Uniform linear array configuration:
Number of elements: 48
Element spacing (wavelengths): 0.25
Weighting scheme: blackman
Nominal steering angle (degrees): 45
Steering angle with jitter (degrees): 44.223
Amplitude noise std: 0.05
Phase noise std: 0.05

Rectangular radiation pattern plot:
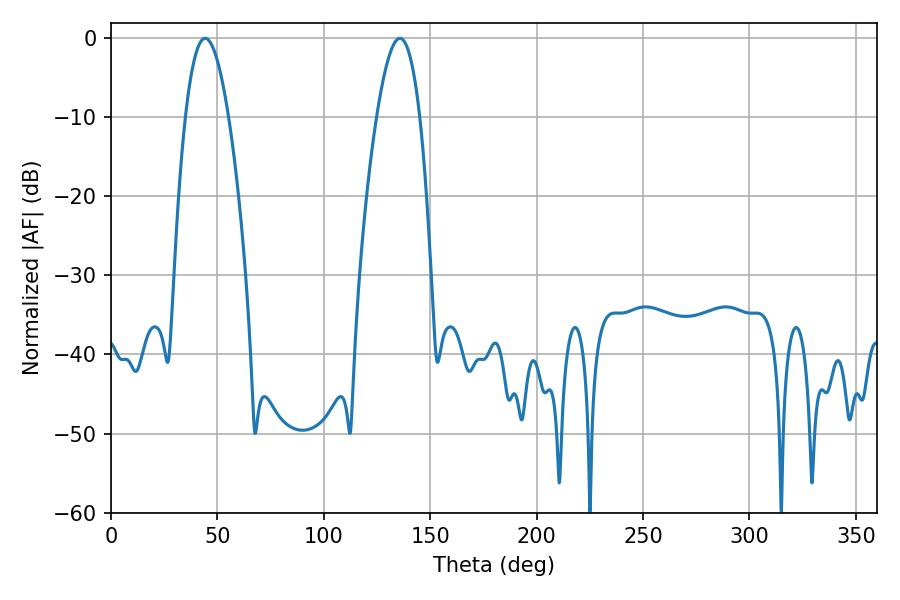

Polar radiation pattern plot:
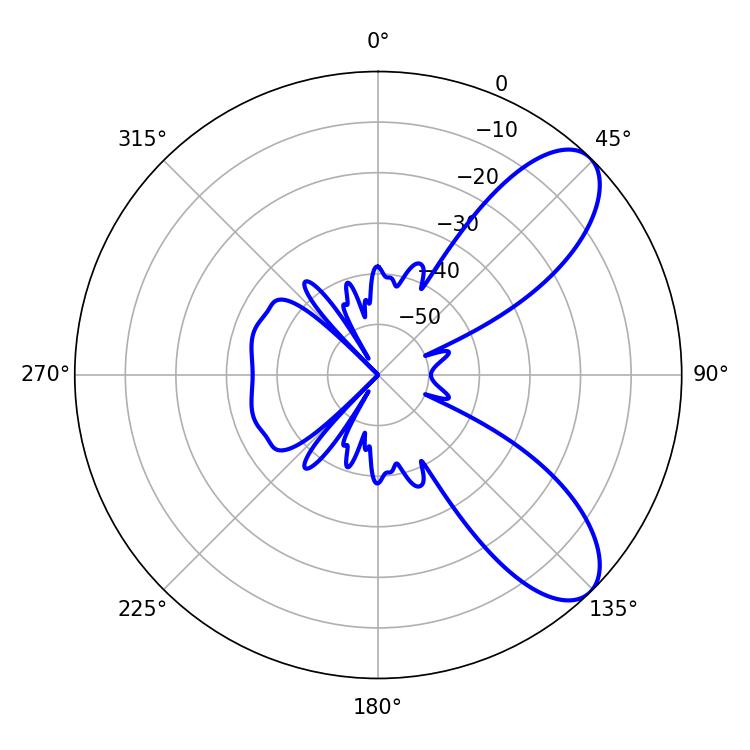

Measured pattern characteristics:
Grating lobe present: FALSE
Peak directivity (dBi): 8.354
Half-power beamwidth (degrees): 11.16
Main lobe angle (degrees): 44.28